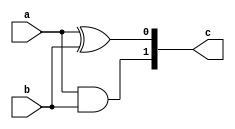
module adder(a,b,c);

input a,b;
output [1:0] c;
reg [1:0] c;

always @(a or b)
begin
 c[0] = a^b;
 c[1] = a&b;
end



endmodule